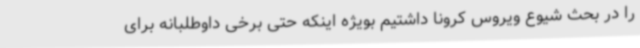
را در بحث شیوع ویروس کرونا داشتیم بویژه اینکه حتی برخی داوطلبانه برای